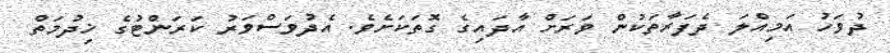
ދުވަހު އަމިއްލަ ދެފަރާތަކުން ވަރަށް އާދައިގެ ގޮތަކަށެވެ. އެދުވަސްވަރު ކަރަންޓުގެ ޚިދުމަތް